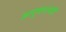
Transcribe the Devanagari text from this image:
अनुषंगानेही